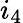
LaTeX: i_{4}